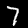
Digit: 7